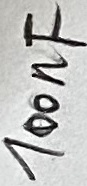
Text: 100nF